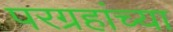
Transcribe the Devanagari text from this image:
परग्रहांच्या